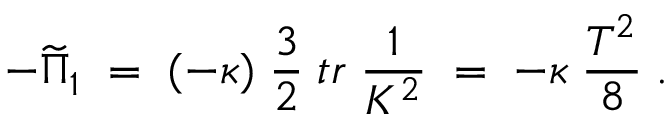
- \widetilde { \Pi } _ { 1 } \; = \; ( - \kappa ) \; \frac { 3 } { 2 } \; t r \; \frac { 1 } { K ^ { 2 } } \; = \; - \kappa \; \frac { T ^ { 2 } } { 8 } \; .